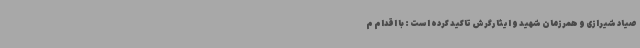
صیاد شیرازی و همرزمان شهید و ایثارگرش تاکید کرده است : با اقدام م